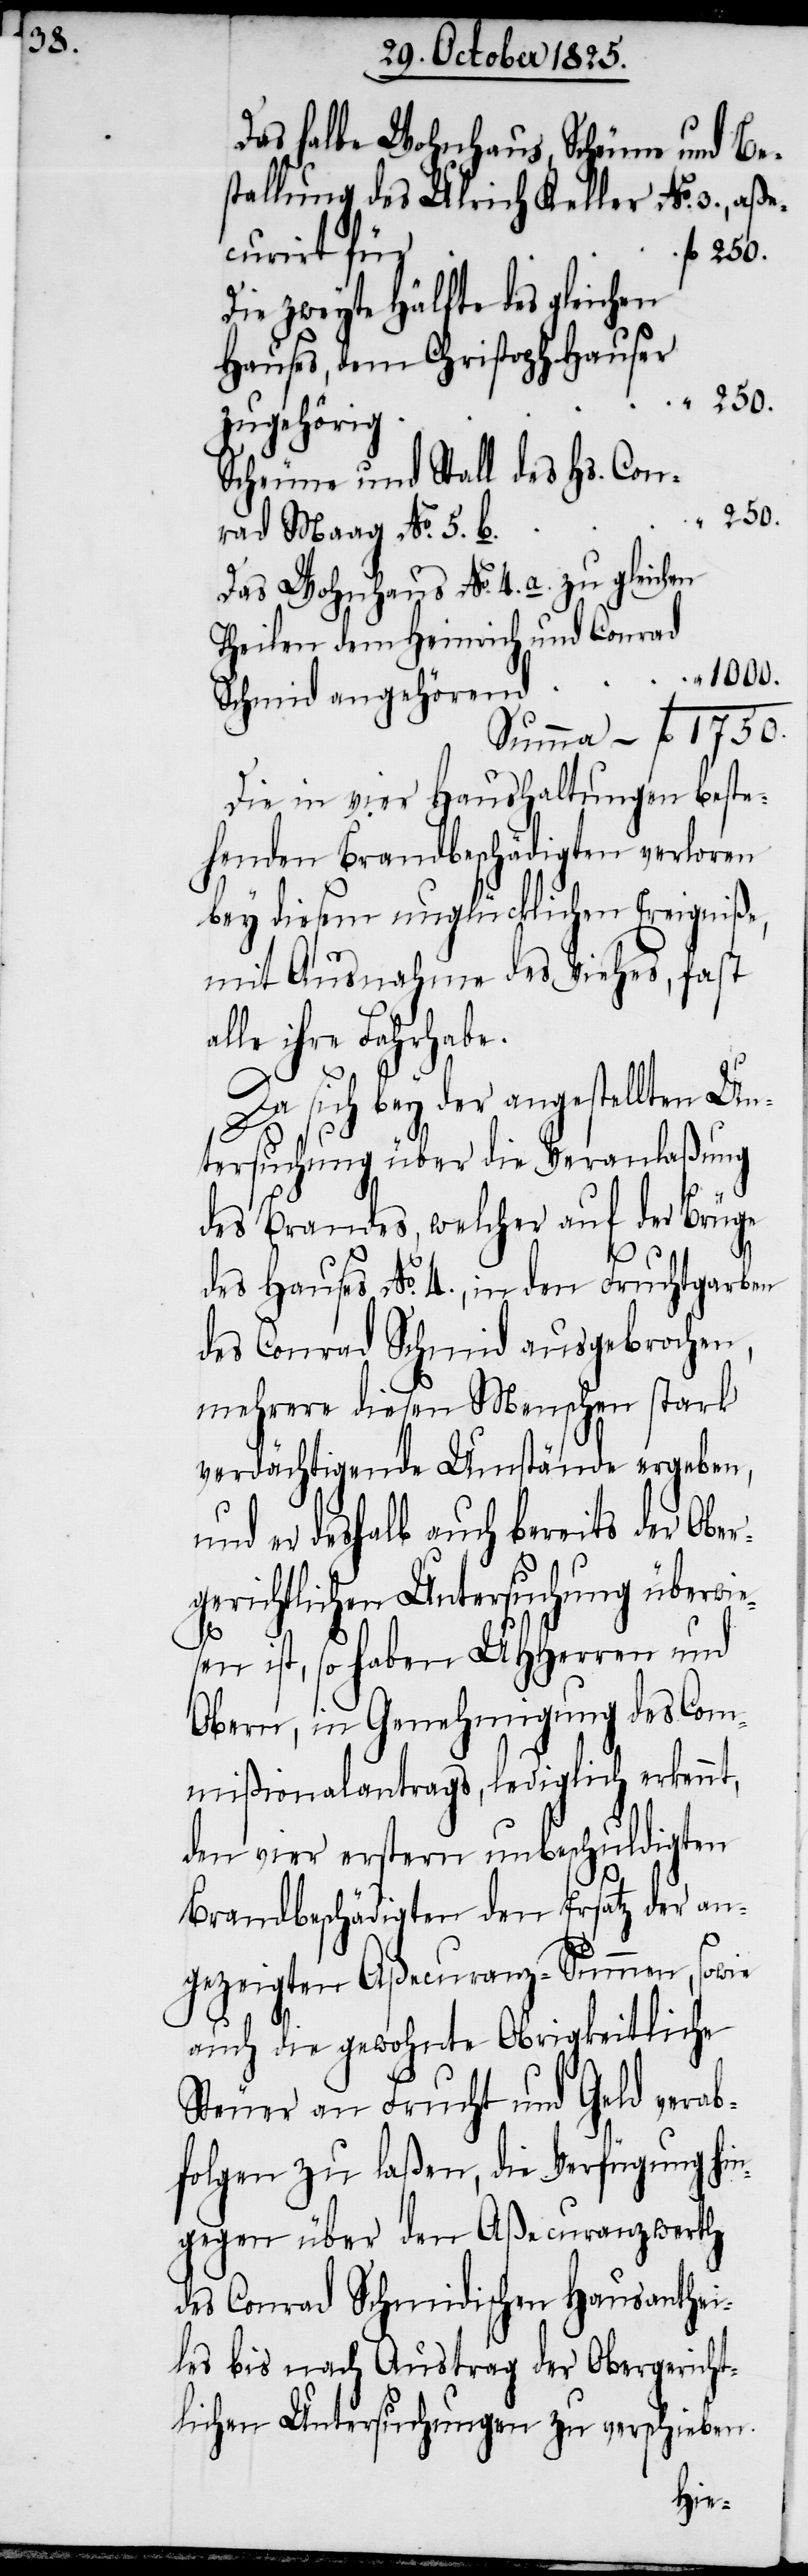
Das halbe Wohnhaus, Scheune und Be¬
stallung des Ulrich Keller No. 3., aße¬
curirt für
Die zweyte Hälfte des gleichen
Hauses, dem Christoph Hauser
250.
angehörend
Scheune und Stall des Hs. Con¬
rad Maag No. 5. b.
Das Wohnhaus No. 4. a. zu gleichen
Theilen dem Heinrich und Conrad
Die in vier Haushaltungen beste¬
henden Brandbeschädigten verloren
bey diesem unglücklichen Ereigniße,
mit Ausnahme des Viehes, fast
alle ihre Fahrhabe.
Da sich bey der angestellten Un¬
tersuchung über die Veranlaßung
des Brandes, welcher auf der Brüge
des Hauses No. 4., in den Fruchtgarben
des Conrad Schmid ausgebrochen,
mehrere diesen Menschen stark
verdächtigende Umstände ergeben,
und er deshalb auch bereits der obe¬
rgerichtlichen Untersuchung überwie¬
sen ist, so haben UHHerren und
Obern, in Genehmigung des Com¬
mißionalantrags, lediglich erkennt,
den vier erstern unbeschuldigten
Brandbeschädigten den Ersatz der an¬
gezeigten Aßecuranz-Summen, sowie
auch die gewohnte Obrigkeitliche
Steuer an Frucht und Geld verab¬
folgen zu laßen, die Verfügung hin¬
gegen über den Aßecuranzwerth
des Conrad Schmidischen Hausanthei¬
les bis nach Austrag der Obergericht¬
lichen Untersuchungen zu verschieben.